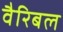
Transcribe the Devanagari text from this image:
वैरिबल